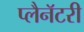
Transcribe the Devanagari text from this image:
प्लैनॅटरी